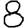
Digit: 8